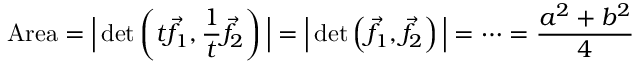
{ \mathrm { A r e a } } = { \Big | } \operatorname* { d e t } \left( t { \vec { f } } _ { 1 } , { \frac { 1 } { t } } { \vec { f } } _ { 2 } \right) { \Big | } = { \Big | } \operatorname* { d e t } \left( { \vec { f } } _ { 1 } , { \vec { f } } _ { 2 } \right) { \Big | } = \cdots = { \frac { a ^ { 2 } + b ^ { 2 } } { 4 } }